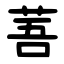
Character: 䓊